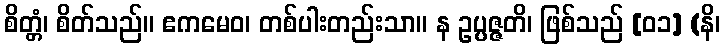
စိတ္တံ၊ စိတ်သည်။ ဧကမေဝ၊ တစ်ပါးတည်းသာ။ န ဥပ္ပဇ္ဇတိ၊ ဖြစ်သည် [၀၁] (နိ၊